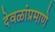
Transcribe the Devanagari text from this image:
देवळांप्रमाणे